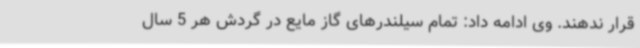
قرار ندهند. وی ادامه داد: تمام سیلندرهای گاز مایع در گردش هر 5 سال